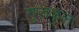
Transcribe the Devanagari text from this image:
गुप्तकुल